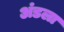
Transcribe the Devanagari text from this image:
अंडला